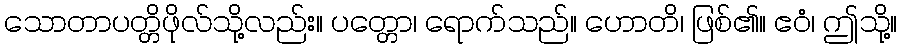
သောတာပတ္တိဖိုလ်သို့လည်း။ ပတ္တော၊ ရောက်သည်။ ဟောတိ၊ ဖြစ်၏။ ဧဝံ၊ ဤသို့။